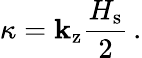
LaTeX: \kappa=\mathbf{k}_{\mathrm{{z}}}\frac{{H_{\mathrm{{s}}}}}{{2}}\, .